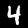
Digit: 4